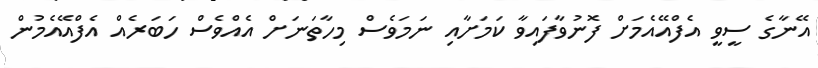
އޭނާގެ ސީވީ އެފްއޭއެމަށް ފޮނުވާފައިވާ ކަމަށާއި ނަމަވެސް މިހާތަނަށް އެއްވެސް ހަބަރެއް އެފްއޭއެމުން